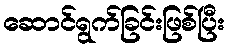
ဆောင်ရွက်ခြင်းဖြစ်ပြီး